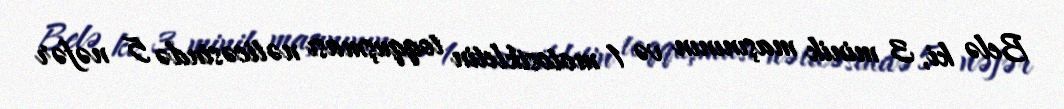
Belə ki, 3 minik maşınının və 1 motosikletin toqquşması nəticəsində 5 nəfər